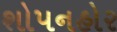
શોપનહોર